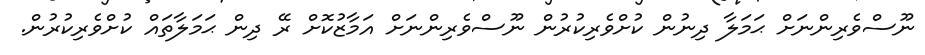
ނޫސްވެރިންނަށް ޙަމަލާ ދިނުން ކުށްވެރިކުރުން ނޫސްވެރިންނަށް އަމާޒުކޮށް ރޭ ދިން ޙަމަލާތައް ކުށްވެރިކުރުން.